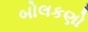
બોલકણો